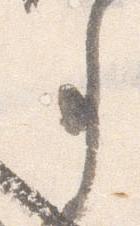
事